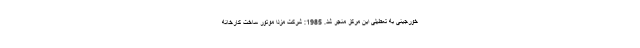
خورجینی به تعطیلی این مرکز منجر شد. 1985: شرکت مزدا موتور ساخت کارخانه